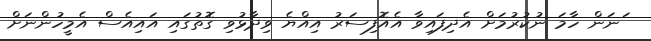
ަނަން ހާމަ ނުކުރުމަށް އެދިފައިވާ އެއޮފިސަރު އިއްޔެ ވިދާޅުވި ގޮތުގައި އައިއެސް އެމީހުންނަށް